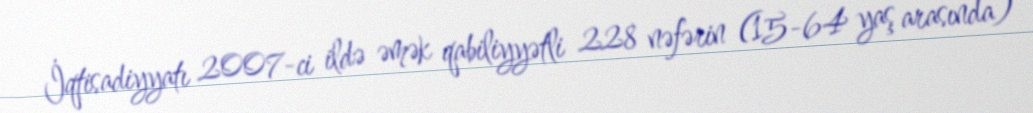
İqtisadiyyatı 2007-ci ildə əmək qabiliyyətli 228 nəfərin (15-64 yaş arasında)